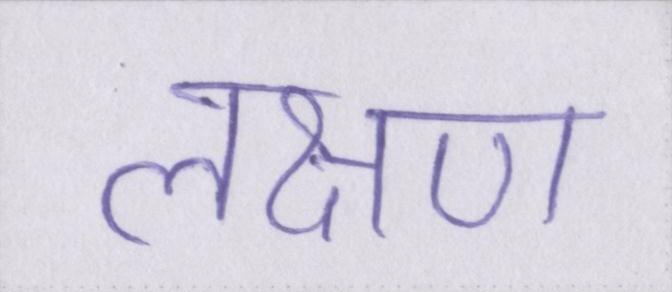
लक्षण